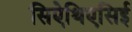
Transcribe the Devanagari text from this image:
सिऐथिएसिई